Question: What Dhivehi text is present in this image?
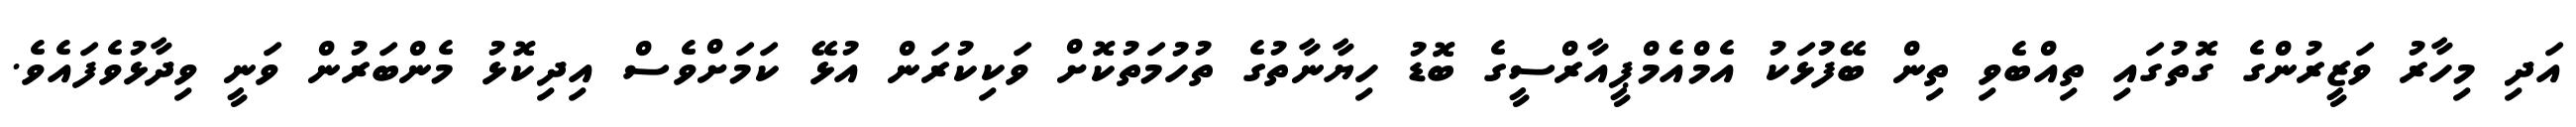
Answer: އަދި މިހާރު ވަޒީރުންގެ ގޮތުގައި ތިއްބެވި ތިން ބޭފުޅަކު އެމްއެމްޕީއާރްސީގެ ބޮޑު ހިޔާނާތުގެ ތުހުމަތުކޮށް ވަކިކުރަން އުޅޭ ކަމަށްވެސް އިދިކޮޅު މެންބަރުން ވަނީ ވިދާޅުވެފައެވެ.